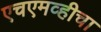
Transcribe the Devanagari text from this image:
एचएमव्हीचा